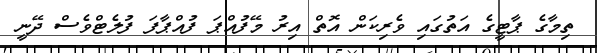
ތިމާގެ ޕާޓީގެ އަތުގައި ވެރިކަން އޮތް އިރު މޭފުއްޕަ ފުއްޕާފަ ފުލެޓްވެސް ދޭނީ